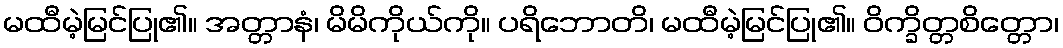
မထီမဲ့မြင်ပြု၏။ အတ္တာနံ၊ မိမိကိုယ်ကို။ ပရိဘောတိ၊ မထီမဲ့မြင်ပြု၏။ ဝိက္ခိတ္တစိတ္တော၊